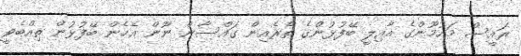
ރައީސް މައުމޫންގެ އާއިލީ ބޭފުޅުންގެ ތެރެއިން ގައްސާން ނޫން އެހެން ބޭފުޅުން ތިއްބެވީ